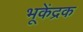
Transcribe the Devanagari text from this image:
भूकेंद्रक